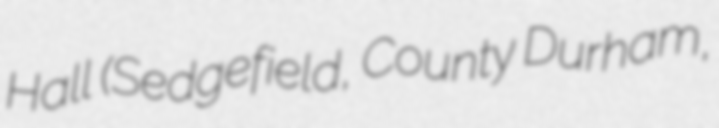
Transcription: Hall (Sedgefield, County Durham,